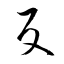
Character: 反